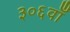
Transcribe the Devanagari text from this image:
३०६वाँ